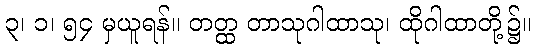
၃၊ ၁၊ ၅၄ မှယူရန်။ တတ္ထ တာသုဂါထာသု၊ ထိုဂါထာတို့၌။